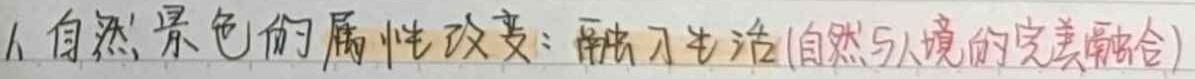
1. 自然景色的属性改变：融入生活(自然与人境的完美融合)